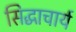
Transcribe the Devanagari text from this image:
सिद्धाचार्य